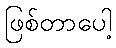
ဖြစ်တာပေါ့